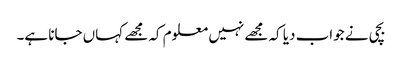
بچی نے جواب دیا کہ مجھے نہیں معلوم کہ مجھے کہاں جانا ہے۔